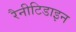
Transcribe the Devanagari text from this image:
रैनीटिडाइन